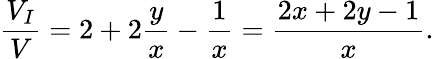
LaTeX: \frac{V_{I}}{V}=2+2\frac{y}{x}-\frac{1}{x}=\frac{2x+2y-1}{x}.